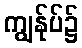
ကျွန်ုပ်၌